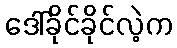
ဒေါ်ခိုင်ခိုင်လဲ့က